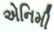
એનિમી